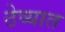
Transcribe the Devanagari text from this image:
ठेव्यात